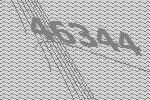
46344